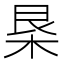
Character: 𣐻